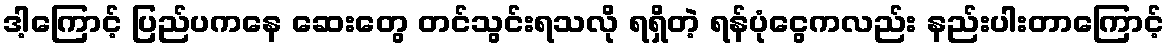
ဒါ့ကြောင့် ပြည်ပကနေ ဆေးတွေ တင်သွင်းရသလို ရရှိတဲ့ ရန်ပုံငွေကလည်း နည်းပါးတာကြောင့်